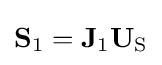
{\textstyle \mathbf {S} _{1}=\mathbf {J} _{1}\mathbf {U} _{\mathrm {S} }}